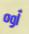
أوه